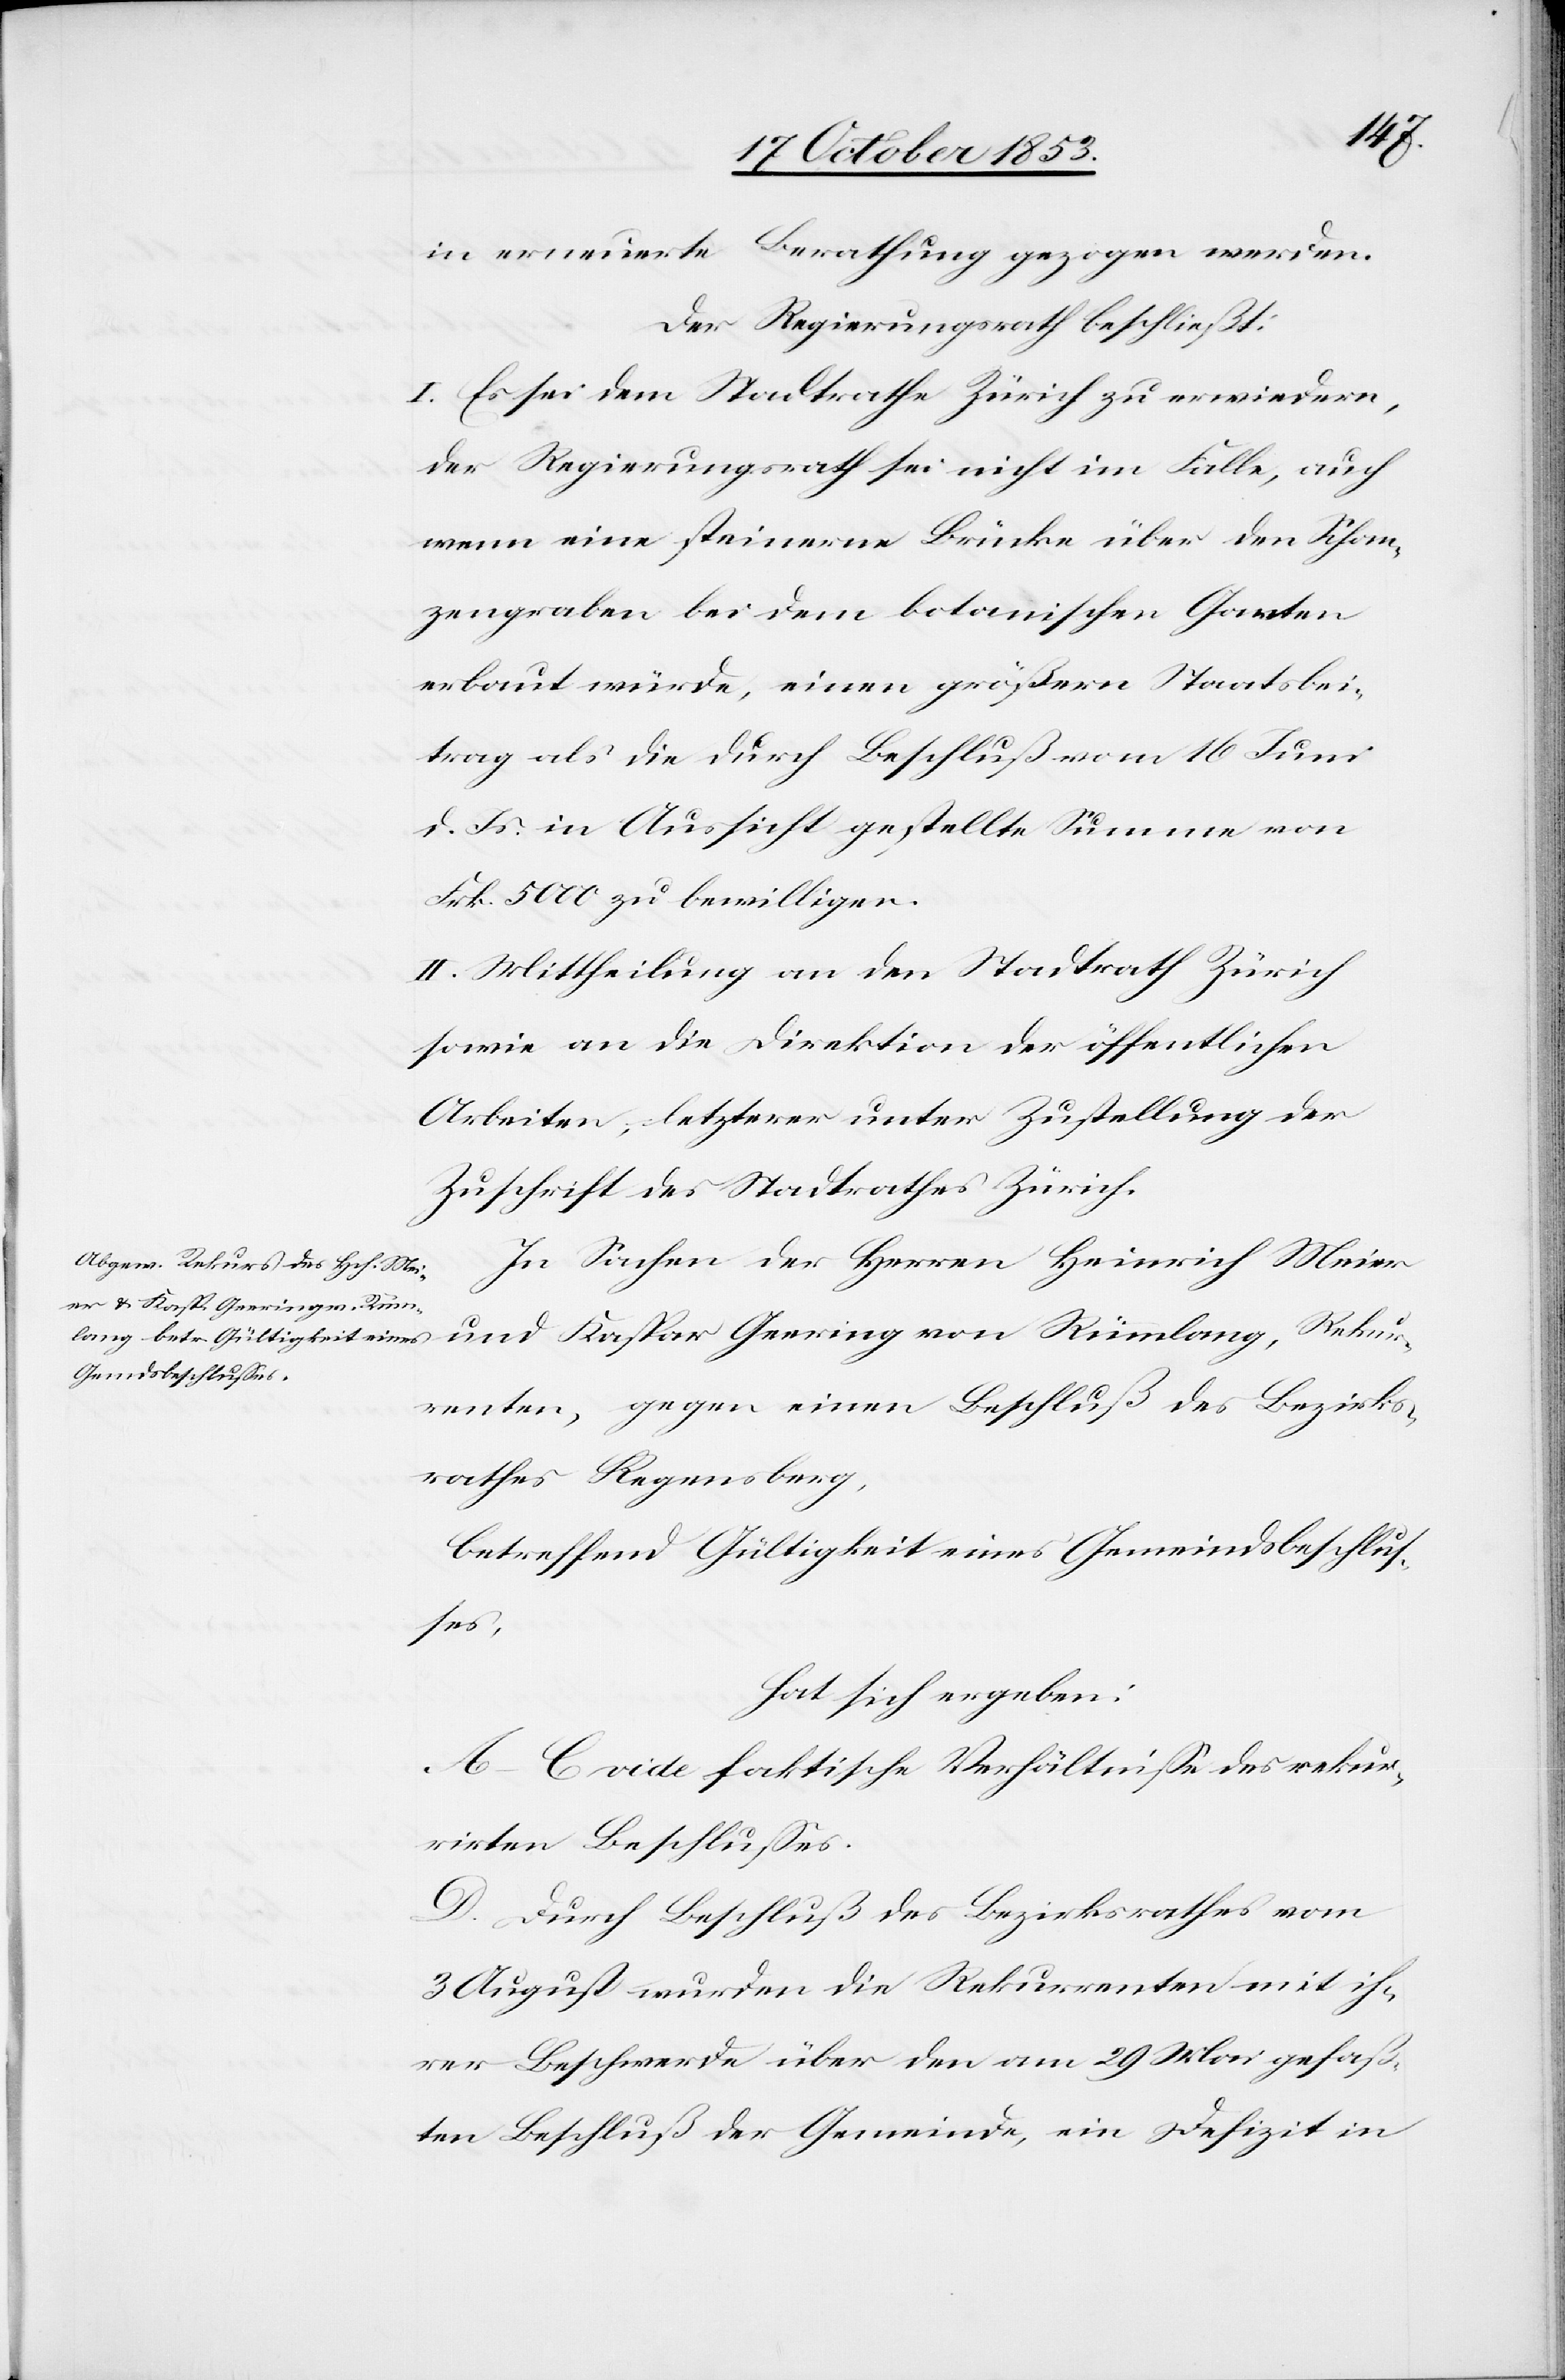
in erneuerte Berathung gezogen werden.
Der Regierungsrath beschließt:
I. Es sei dem Stadtrathe Zürich zu erwiedern,
der Regierungsrath sei nicht im Falle, auch
wenn eine steinerne Brücke über den Schan¬
zengraben bei dem botanischen Garten
erbaut würde, einen größern Staatsbei¬
trag als die durch Beschluß vom 16 Juni
d. Js. in Aussicht gestellte Summe von
Frk. 5000 zu bewilligen.
II. Mittheilung an den Stadtrath Zürich
sowie an die Direktion der öffentlichen
Arbeiten, letzterer unter Zustellung der
Zuschrift des Stadtrathes Zürich.
In Sachen der Herrn Heinrich Meier
und Kaspar Gering von Rümlang, Rekur¬
renten, gegen einen Beschluß des Bezirks¬
rathes Regensberg,
betreffend Gültigkeit eines Gemeindsbeschluß¬
es,
hat sich ergeben:
A–C vide faktische Verhältniße des rekur¬
rirten Beschlußes.
D. Durch Beschluß des Bezirksrathes vom
3 August wurden die Rekurrenten mit ih¬
rer Beschwerde über den am 29 Mai gefaß¬
ten Beschluß der Gemeinde, ein Defizit in